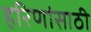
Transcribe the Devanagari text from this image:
हरिणांसाठी